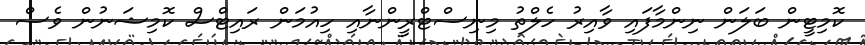
ކޮމިޓީން ބަލަން ނިންމާފައި ވާއިރު ހެލްތު މިނިސްޓްރީންނާއި ހިއުމަން ރައިޓްސް ކޮމިޝަނުން ވެސް